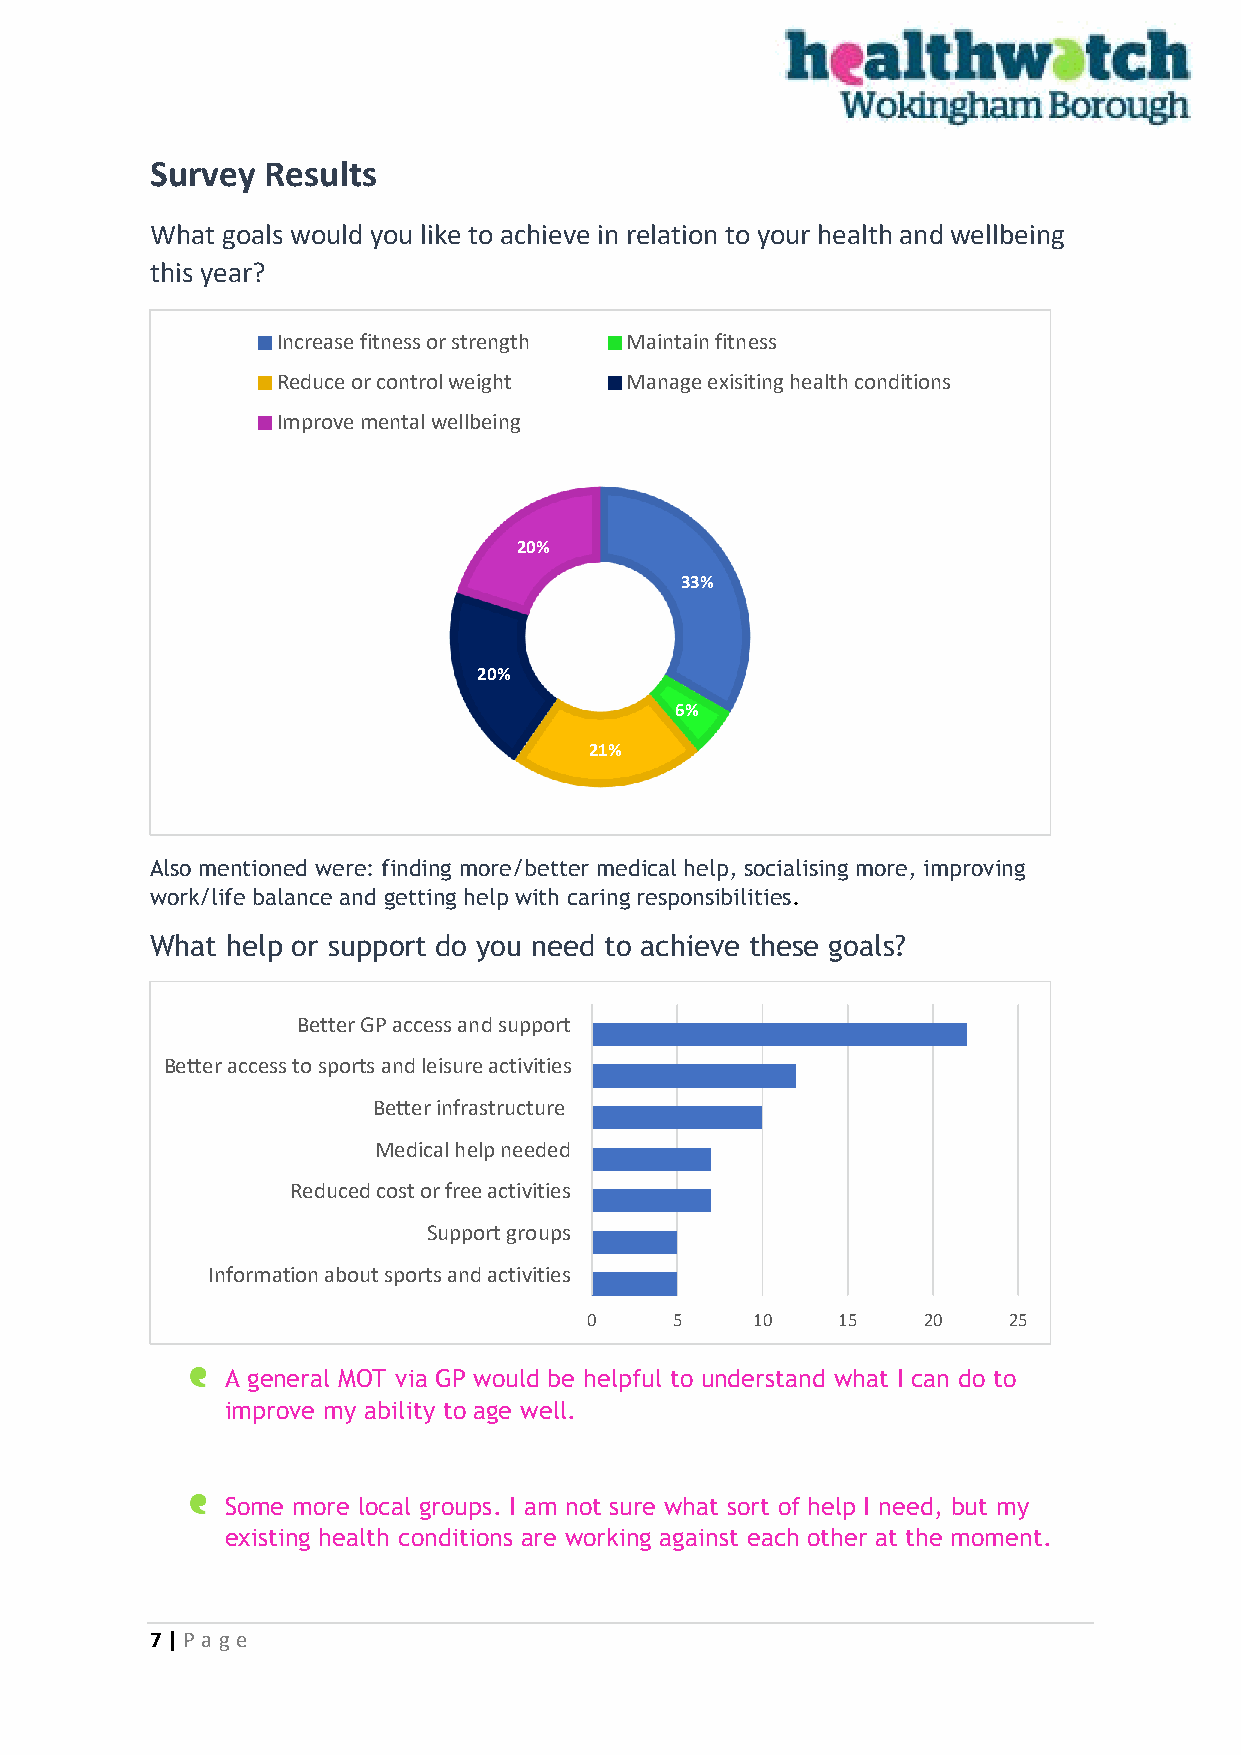
Survey Results
 What goals would you like to achieve in relation to your health and wellbeing
 this year?
 Increase fitness or strength Maintain fitness
 Reduce or control weight Manage exisiting health conditions
 Improve mental wellbeing
 20%
 33%
 20%
 6%
 21%
 Also mentioned were: finding more/better medical help, socialising more, improving
 work/life balance and getting help with caring responsibilities.
 What help or support do you need to achieve these goals?
 Better GP access and support
 Better access to sports and leisure activities
 Better infrastructure
 Medical help needed
 Reduced cost or free activities
 Support groups
 Information about sports and activities
 0     5    10   15    20    25
 A general MOT via GP would be helpful to understand what I can do to
 improve my ability to age well.
 Some more local groups. I am not sure what sort of help I need, but my
 existing health conditions are working against each other at the moment.
 7 | P age